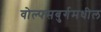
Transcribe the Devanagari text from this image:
वोल्फ्सबुर्गमधील